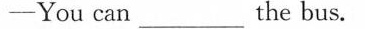
-You can_the bus.